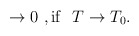
\begin{align*}\rightarrow 0 \ ,\mathrm{if} \ \ T\rightarrow T_0.\end{align*}